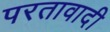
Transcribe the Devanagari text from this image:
परतावादी